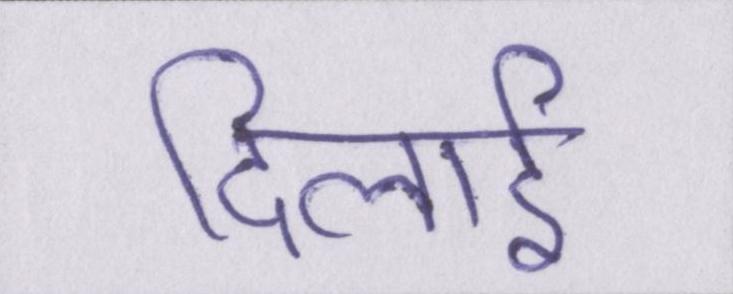
दिलाई